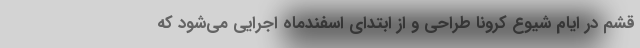
قشم در ایام شیوع کرونا طراحی و از ابتدای اسفندماه اجرایی می‌شود که